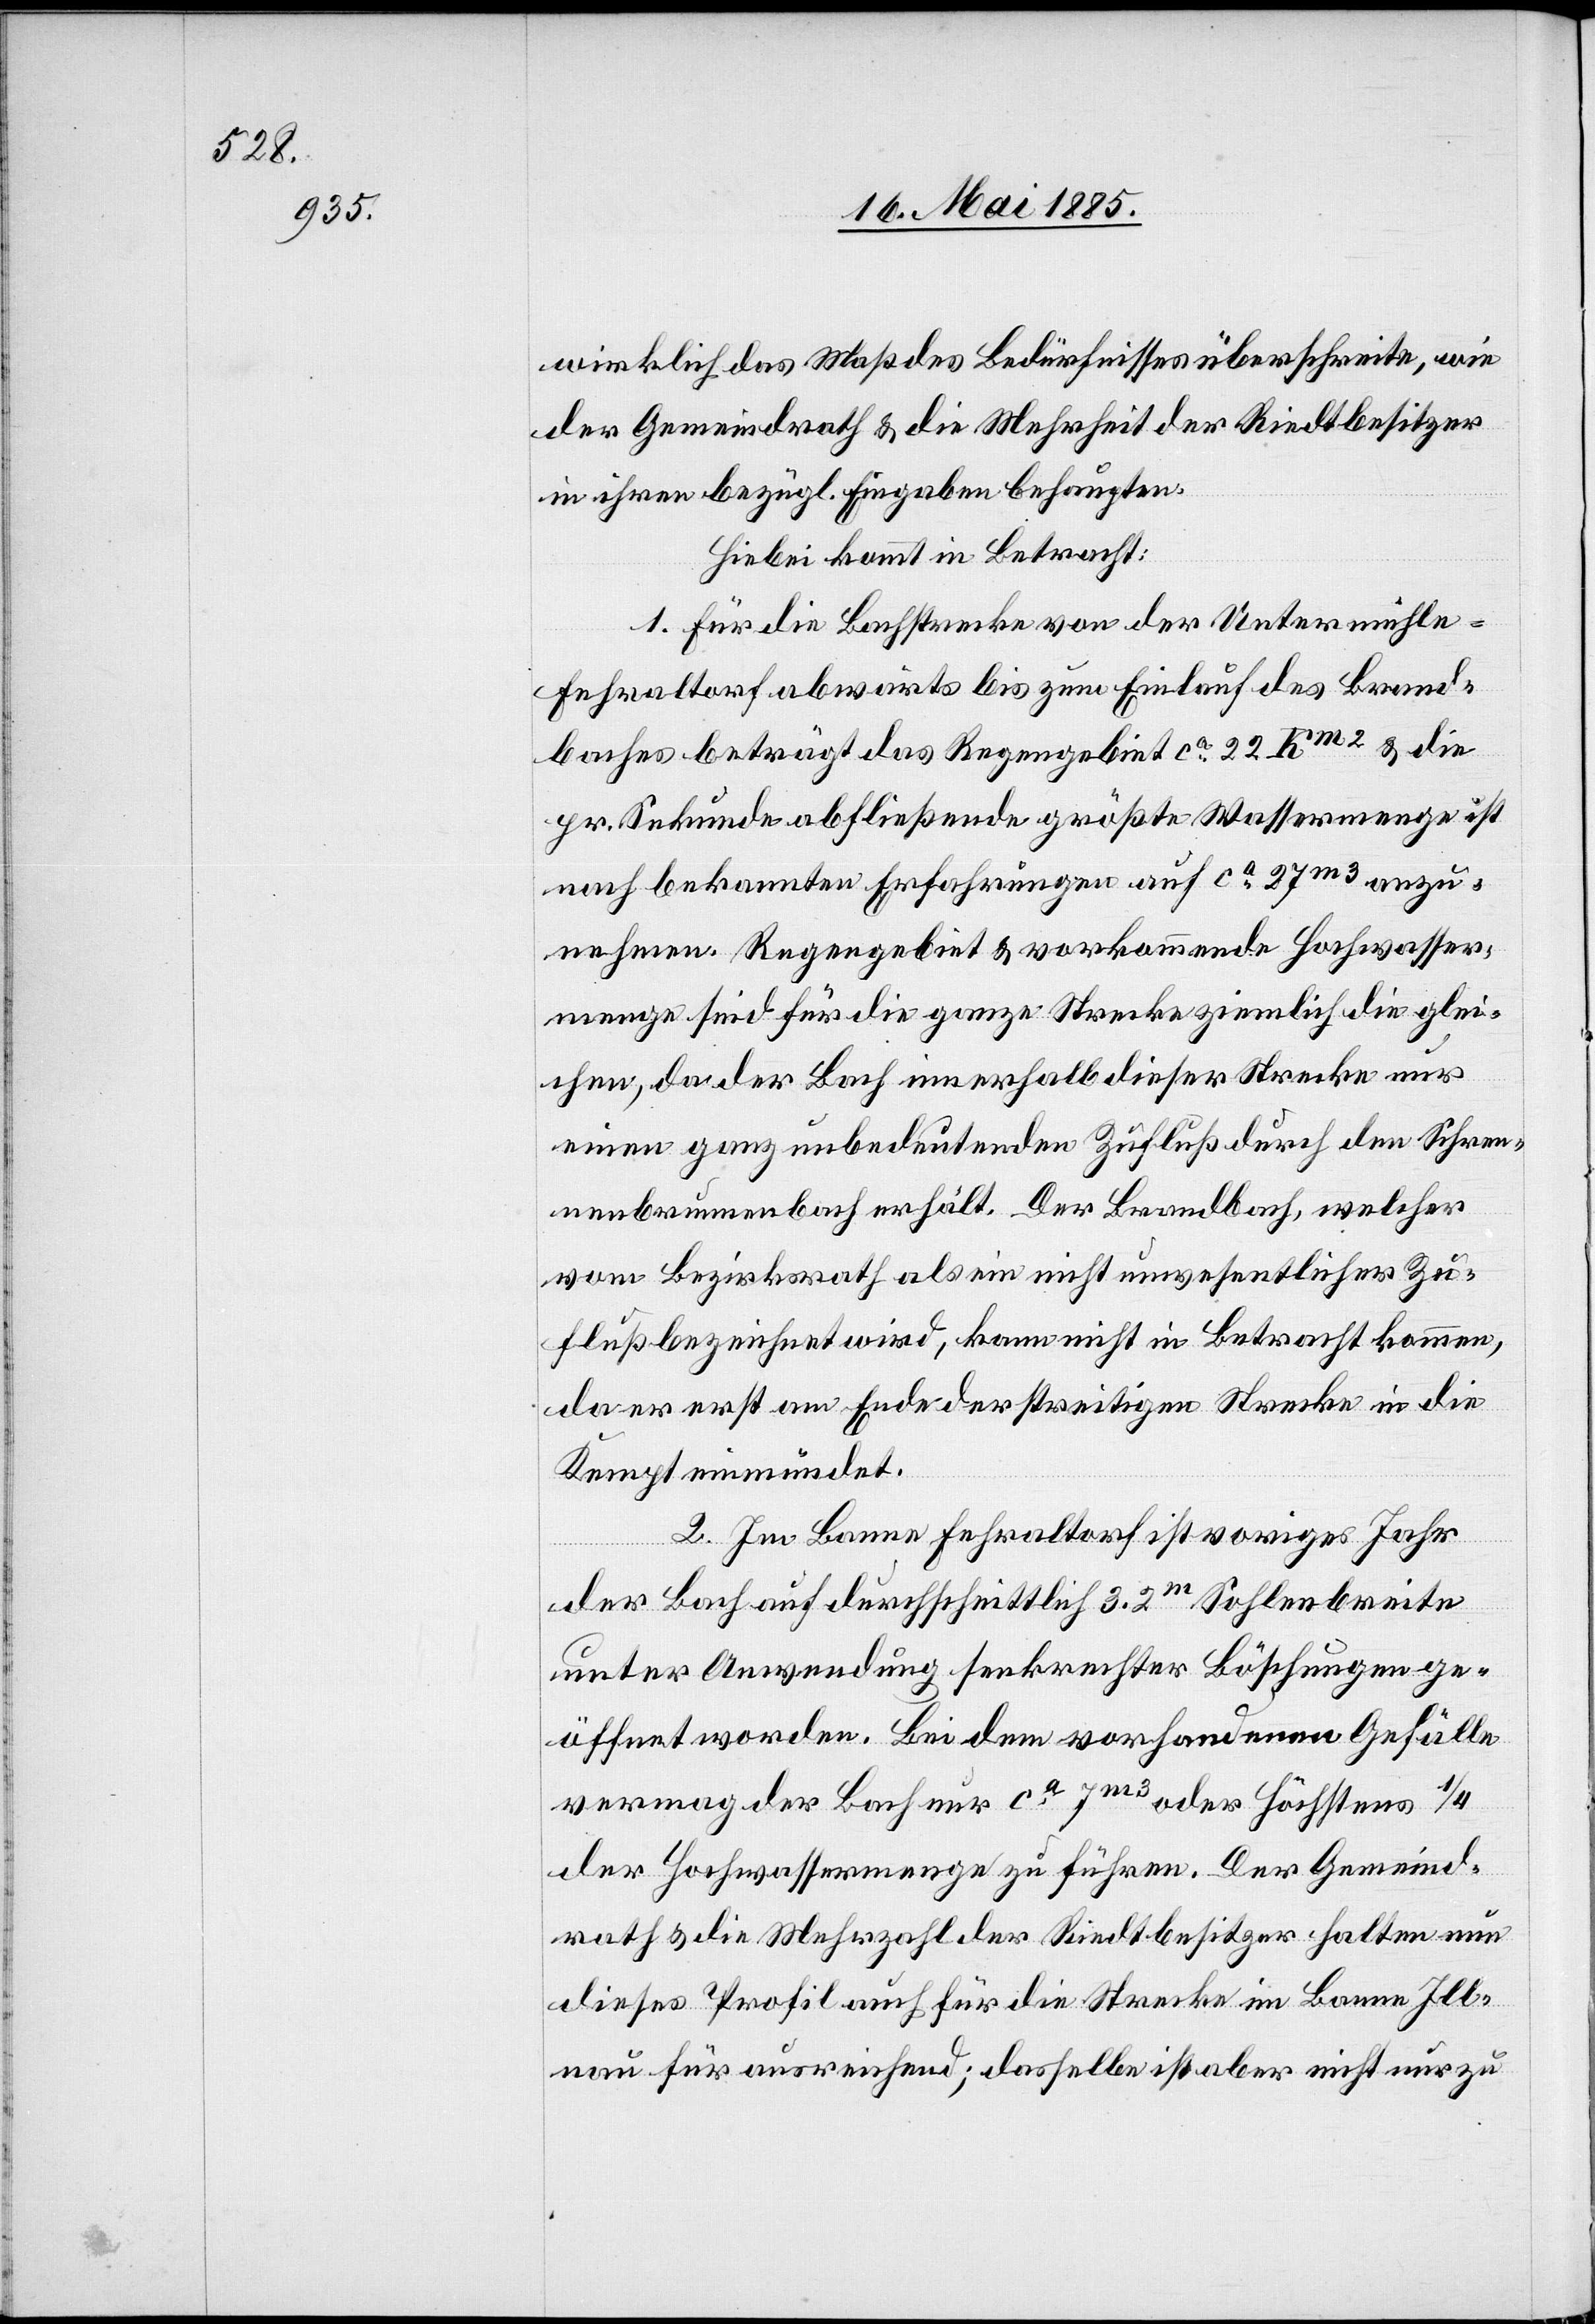
wirklich das Maß des Bedürfnisses überschreite, wie
der Gemeindrath & die Mehrheit der Riedtbesitzer
in ihren bezügl. Eingaben behaupten.
Hiebei kommt in Betracht:
1. Für die Bachstrecke von der Untermühle
Fehraltorf abwärts bis zum Einlauf des Brand¬
baches beträgt das Regengebiet ca 22 Km2 & die
per. Sekunde abfließende größte Wassermenge ist
nach bekannten Erfahrungen auf ca 27 m3 anzu¬
nehmen. Regengebiet & vorkommende Hochwasser¬
menge sind für die ganze Strecke ziemlich die glei¬
chen, da der Bach innerhalb dieser Strecke nur
einen ganz unbedeutenden Zufluß durch den Schre¬
uenbrunnenbach erhält. Der Brandbach, welcher
vom Bezirksrath als ein nicht unwesentlicher Zu¬
fluß bezeichnet wird, kann nicht in Betracht kommen,
da er erst am Ende der streitigen Strecke in die
Kempt einmündet.
2. Im Banne Fehraltorf ist voriges Jahr
der Bach auf durchschnittlich 3.2 m Sohlenbreite
unter Anwendung senkrechter Böschungen ge¬
öffnet worden. Bei dem vorhandenen Gefälle
vermag der Bach nur ca 7 m3 oder höchsten 1/4
der Hochwassermenge zu führen. Der Gemeind¬
rath & die Mehrzahl der Riedtbesitzer halten nun
dieses Profil auch für die Strecke im Banne Ill¬
nau für ausreichend; dasselbe ist aber nicht nur zu